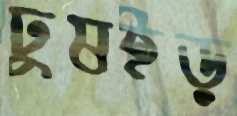
ঢুষইড়